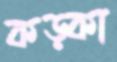
কড়্‌কা